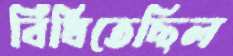
বিঁধিতেছিল